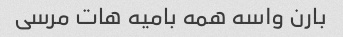
بارن واسه همه بامیه هات مرسی